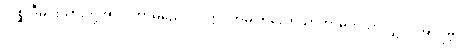
လိစ္ဆုဝီမင်းသားတို့အား။ ကာမညေဝ၊ ဝတ္ထုကာမ ကိလောသာကာမကိုသာလျှင်။ အာရဗ္ဘ၊